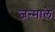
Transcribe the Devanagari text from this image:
जन्माले